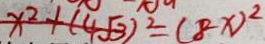
x ^ { 2 } + ( 4 \sqrt { 3 } ) ^ { 2 } = ( 8 - x ) ^ { 2 }